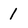
Character: 1